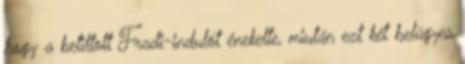
hogy a betiltott Fradi-indulót énekelte, miután ezt két belügyes